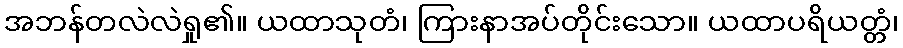
အဘန်တလဲလဲရှု၏။ ယထာသုတံ၊ ကြားနာအပ်တိုင်းသော။ ယထာပရိယတ္တံ၊